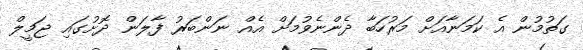
ގަތުމުން އެ ކަމަނާއަށް މަރުހަބާ ދެންނެވުމަށް އެއް ނަންބަރު ފާލަން ދޮށުގައި ޖަމީލް